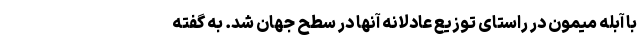
با آبله میمون در راستای توزیع عادلانه آنها در سطح جهان شد. به گفته